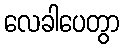
လေခါပေတွာ